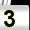
Digit: 3